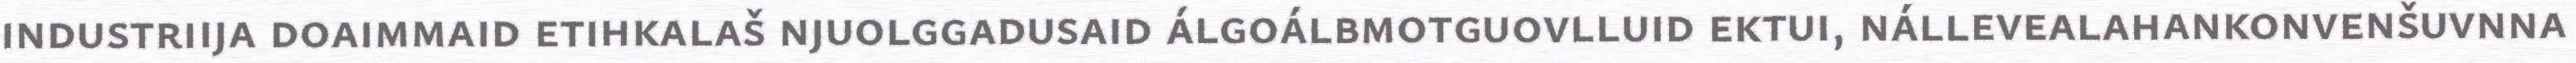
industriija doaimmaid etihkalaš njuolggadusaid álgoálbmotguovlluid ektui, nállevealahankonvenšuvnna